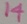
Text: 14